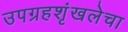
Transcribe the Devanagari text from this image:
उपग्रहशृंखलेचा